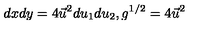
d x d y = 4 \vec { u } ^ { 2 } d u _ { 1 } d u _ { 2 } , g ^ { 1 / 2 } = 4 \vec { u } ^ { 2 }